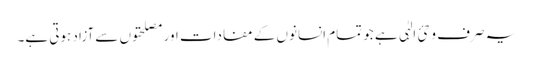
یہ صرف وحئ الہٰی ہے جو تمام انسانوں کے مفادات اور مصلحتوں سے آزاد ہوتی ہے۔